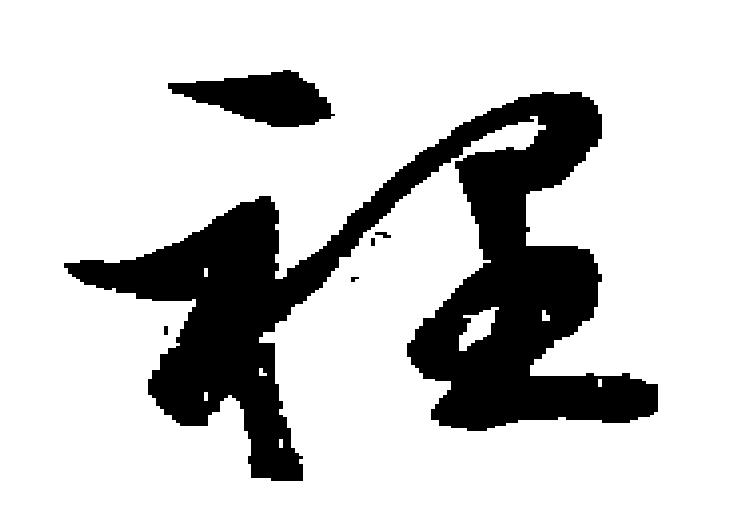
裡